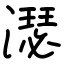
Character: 濏